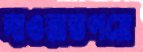
দাওয়াতপত্রে